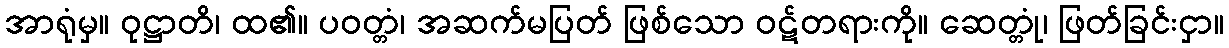
အာရုံမှ။ ဝုဋ္ဌာတိ၊ ထ၏။ ပဝတ္တံ၊ အဆက်မပြတ် ဖြစ်သော ဝဋ်တရားကို။ ဆေတ္တုံ၊ ဖြတ်ခြင်းငှာ။